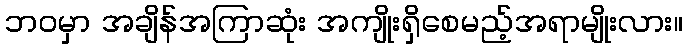
ဘဝမှာ အချိန်အကြာဆုံး အကျိုးရှိစေမည့်အရာမျိုးလား။